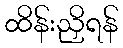
ထိန်းညှိရန်